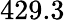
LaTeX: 429.3